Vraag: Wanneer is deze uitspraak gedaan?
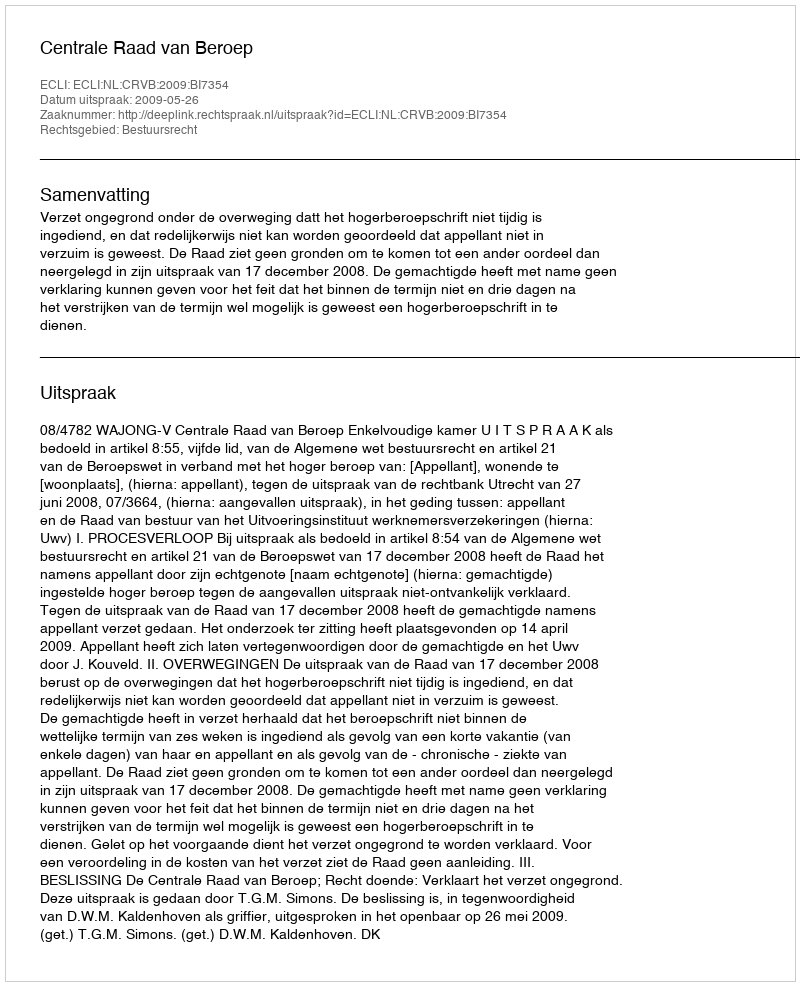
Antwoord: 2009-05-26